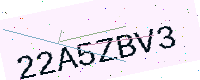
Text: 22A5ZBV3